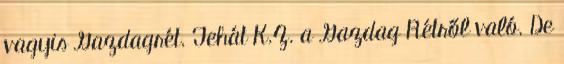
vagyis Gazdagrét. Tehát K.Z. a Gazdag Rétről való. De